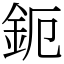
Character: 鈪